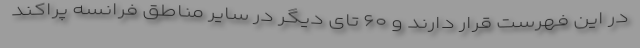
در این فهرست قرار دارند و ۶۰ تای دیگر در سایر مناطق فرانسه پراکند